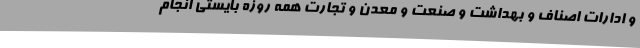
و ادارات اصناف و بهداشت و صنعت و معدن و تجارت همه روزه بایستی انجام